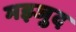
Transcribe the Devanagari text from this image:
मझ्जुद